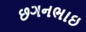
છગનભાઇ